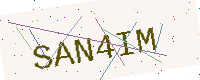
Text: SAN4IM